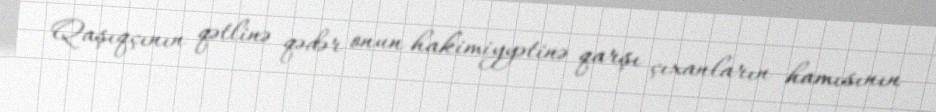
Qaşıqçının qətlinə qədər onun hakimiyyətinə qarşı çıxanların hamısının